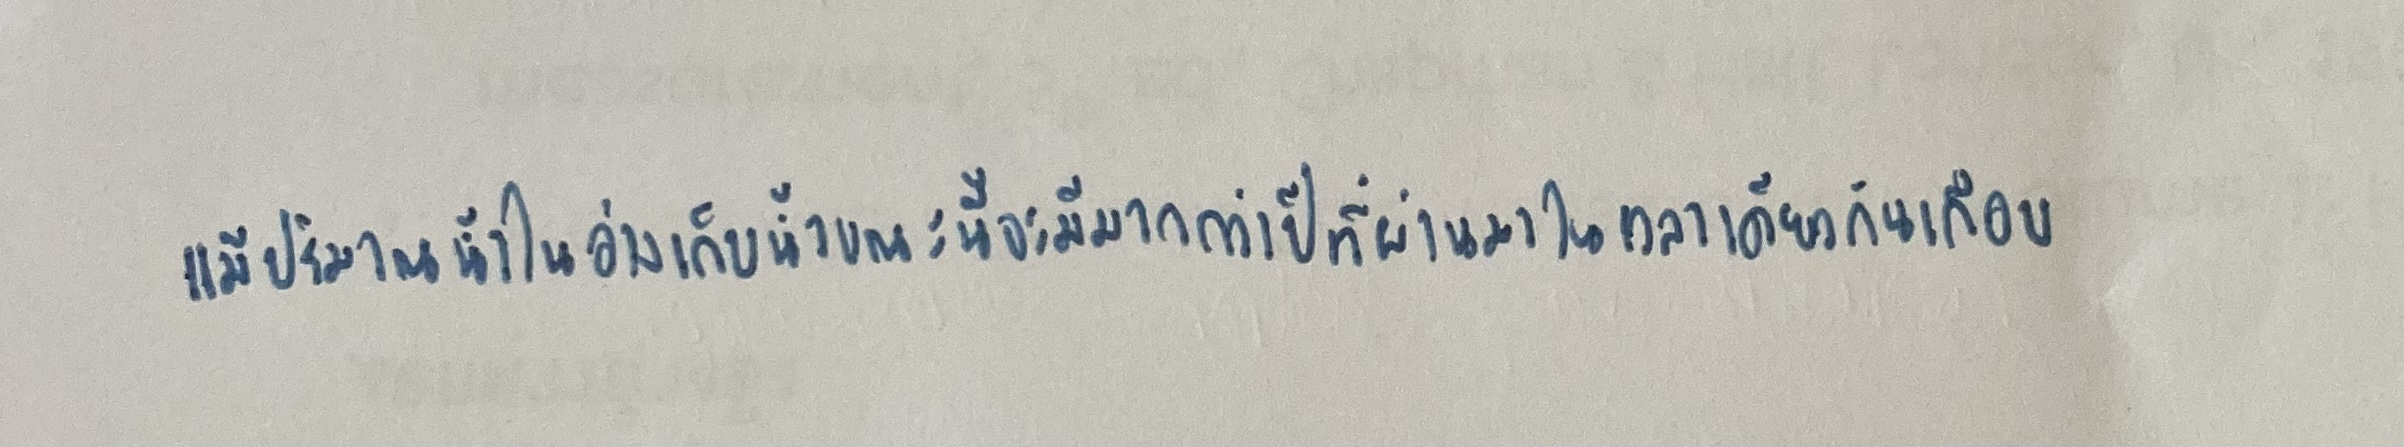
แม้ปริมาณน้ำในอ่างเก็บน้ำขณะนี้จะมีมากกว่าปีที่ผ่านมาในเวลาเดียวกันเกือบ